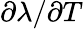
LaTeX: \partial\lambda/\partial T